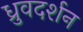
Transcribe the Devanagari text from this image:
ध्रुवदर्शन